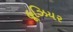
હૂઝિયર